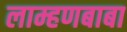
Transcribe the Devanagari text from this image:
लाम्हणबाबा